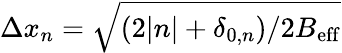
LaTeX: \Delta x_{n}=\sqrt{(2|n|+\delta_{0,n})/2B_{\mathrm{eff}}}